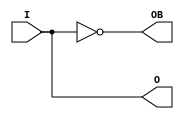
module X_OBUFDS (O, OB, I);

    output O, OB;

    input  I;

	buf B1 (O, I);
	not I1 (OB, I);

    specify

	(I => O) = (0:0:0, 0:0:0);
	(I => OB) = (0:0:0, 0:0:0);

	specparam PATHPULSE$ = 0;

    endspecify

endmodule